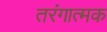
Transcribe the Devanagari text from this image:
तरंगात्मक